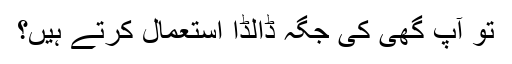
تو آپ گھی کی جگہ ڈالڈا استعمال کرتے ہيں؟